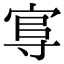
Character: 𡬮